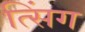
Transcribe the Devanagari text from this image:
त्सिंग